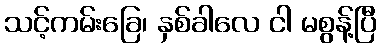
သင့်ကမ်းခြေ၊ နှစ်ခါလေ ငါ မစွန့်ပြီ